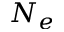
N _ { e }